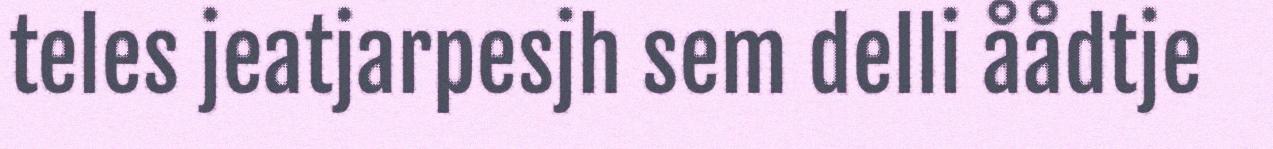
teles jeatjarpesjh sem delli åådtje